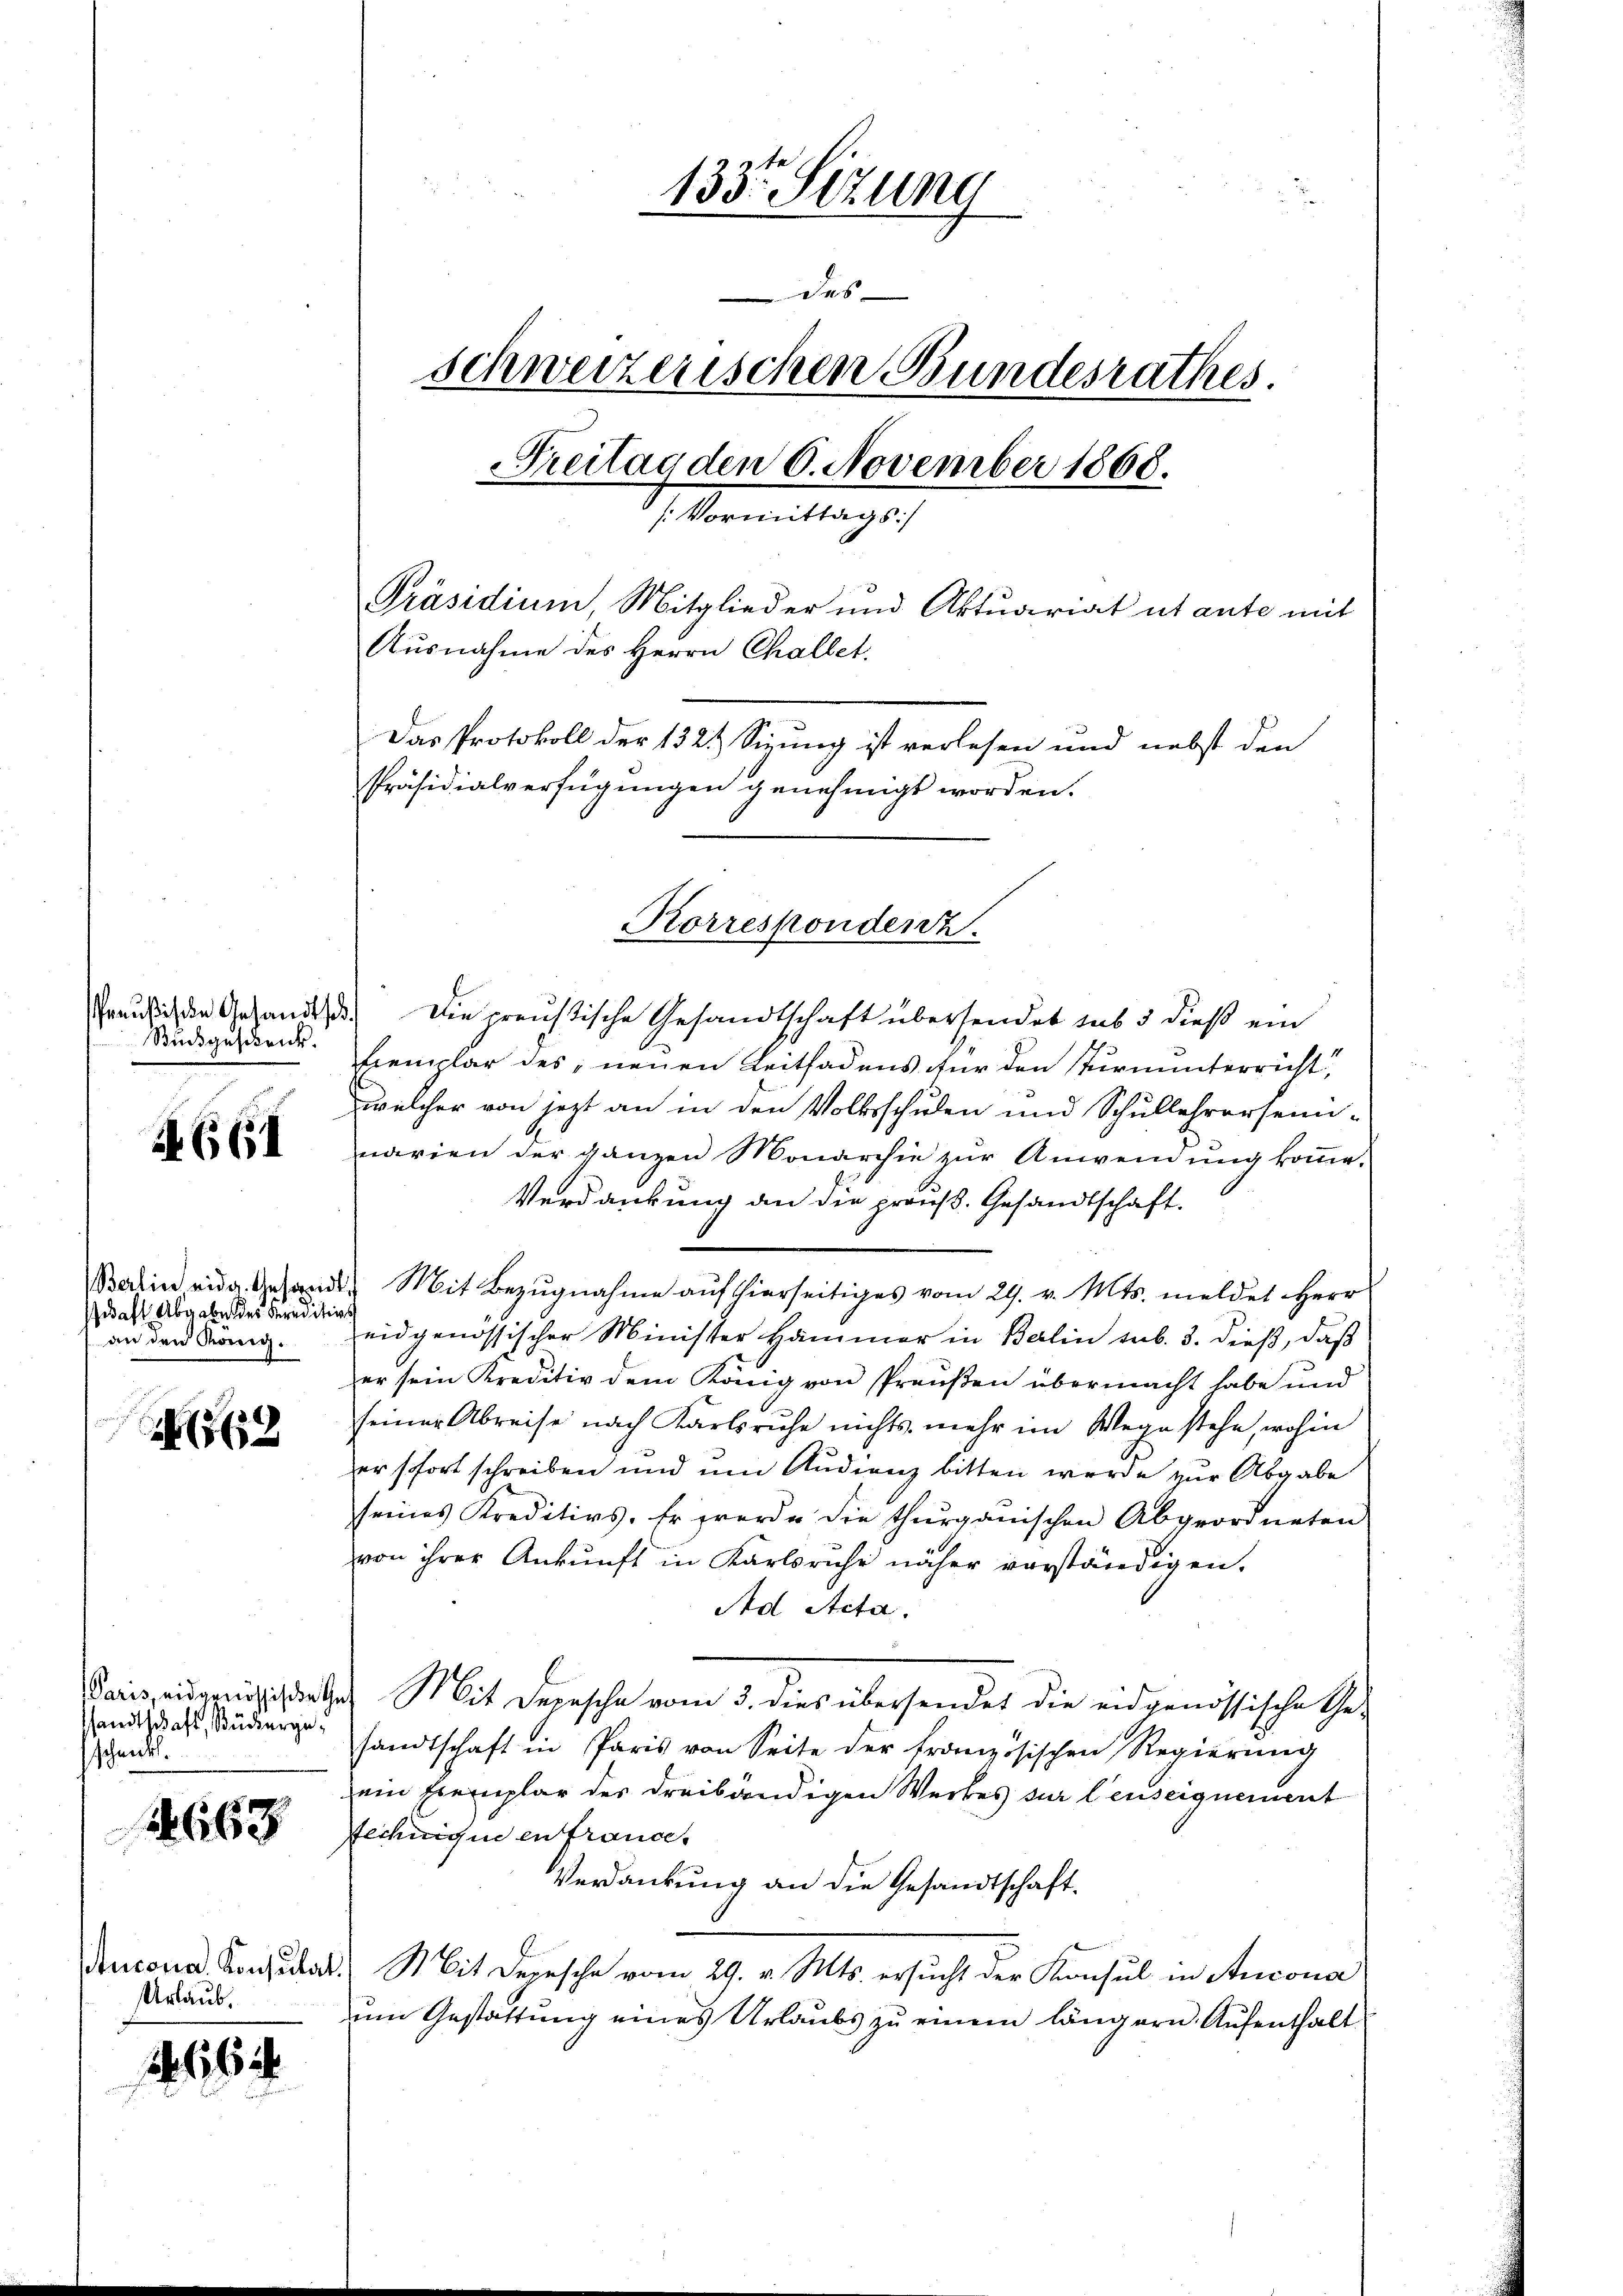
Preußische Gesandtsch
Rundgeschenk.

4661

Berlin eidg. Gesan
saft. Abgabe des Kreditio
an den König.

562

Paris, eidgenössische G
sandtschaft, Bückerge
schenkt.

1663

tucona, Konsulat
Urlaub.

1. 665

133. Sizung
des
schweizerischen Bundesrathes.
Freitag den 6. November 1868.
[Vormittags
Präsidium, Mitglieder und Aktuariat ut ante mit
Ausnahme des Herrn Challet.
Das Protokoll der 1324 Sizung ist verlesen und nebst den
Präsidialverfügungen genehmigt worden.

Korrespondenz.

) Die preussische Gesandtschaft übersendet sub 3 dieß ein
Exemplar des neuen Leitfadens für den sturminterricht,
welcher von jetzt an in den Volksschulen und Schullehrersen-
narien der ganzen Monarchie zur Anweinung komme.
Verdankung an die prouss. Gesandtschaft.
" Mit Bezugnahme auf hierseitiges vom 29. v. Mts. meldet Herr
eidgenössischer Minister Hammer in Balin sub. 3. dieß, daß
er sein Kreditiv dem König von Preußen übermacht habe und
seiner Abreise nach Karlsruhe nichts mehr im Wege stehe, wohin
er fort schreiben und um Audienz bitten werde zur Abgabe
seines Kreditivs. Er werde die thurgauischen Abgeordneten
von ihrer Ankunft in Karlsruhe näher vorständigen.
Ad Acta.
Mit Depesche vom 3. dies übersendet die eidgenössische Ge-
sandtschaft in Paris von Seite der französischen Regierŭng
ein Exemplar der dreibändigen Werkes sur leusequement
technique en france.
Verdankung an die Gesandtschaft.
 Mit Depesche vom 29. v. Mts. ersucht der Konsul in Ancona
um Gestattung eines Urlaubs zu einem längern Aufenthalt